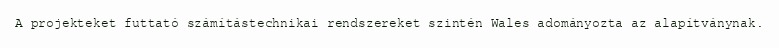
A projekteket futtató számítástechnikai rendszereket szintén Wales adományozta az alapítványnak.